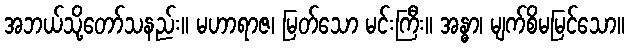
အဘယ်သို့တော်သနည်း။ မဟာရာဇ၊ မြတ်သော မင်းကြီး။ အန္ဓာ၊ မျက်စိမမြင်သော။